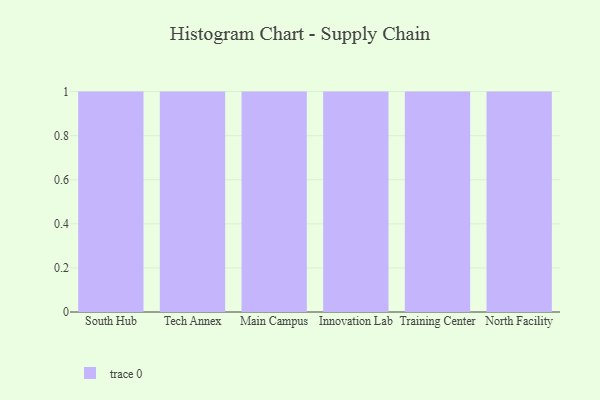
{"axis": {"x": "Campus", "y": "Demand Index"}, "legend": [""], "data": [{"x": "South Hub", "y": 17, "type": ""}, {"x": "Tech Annex", "y": 50, "type": ""}, {"x": "Main Campus", "y": 22, "type": ""}, {"x": "Innovation Lab", "y": 85, "type": ""}, {"x": "Training Center", "y": 99, "type": ""}, {"x": "North Facility", "y": 85, "type": ""}]}